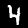
Digit: 4